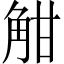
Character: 𧣑